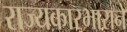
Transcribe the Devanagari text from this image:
राज्यकारभाराने